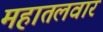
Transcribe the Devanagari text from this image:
महातलवार